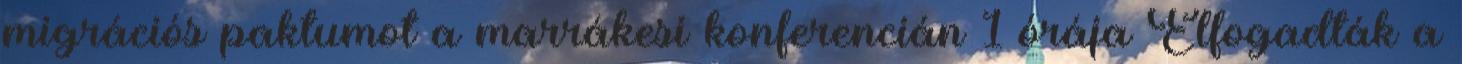
migrációs paktumot a marrákesi konferencián 1 órája Elfogadták a